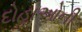
દોહાઓની